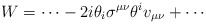
\begin{align*}{\displaystyle W=\cdots-2i\theta_i\sigma^{\mu\nu}\theta^iv_{\mu\nu}+\cdots}\end{align*}